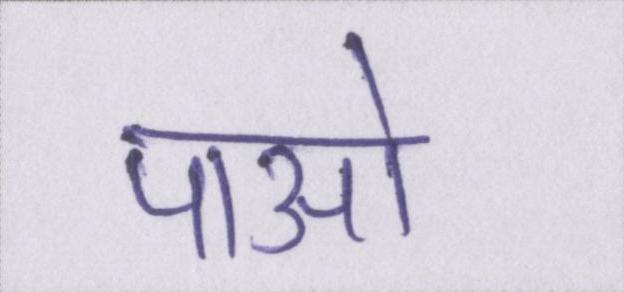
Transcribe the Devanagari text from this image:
पाओ